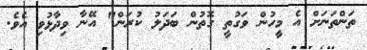
ތަންތަނަަށް އެ މީހުން ވަގުތީ ގޮތުން ބަދަލު ކުރަން" އޭނާ ވިދާޅުވި އެވެ.